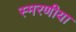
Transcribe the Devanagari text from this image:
स्मरणीया